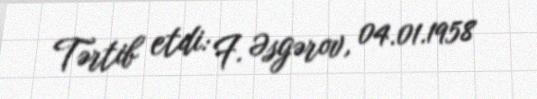
Tərtib etdi: F. Əsgərov, 04.01.1958